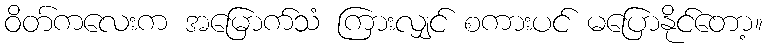
ဝိတ်ကလေးက အမြောက်သံ ကြားလျှင် စကားပင် မပြောနိုင်တော့။